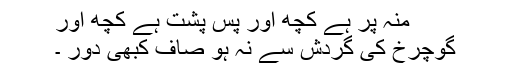
منہ پر ہے کچھ اور پس پشت ہے کچھ اور
گوچرخ کی گردش سے نہ ہو صاف کبھی دور ۔